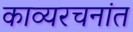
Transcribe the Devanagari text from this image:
काव्यरचनांत